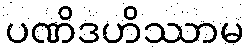
ပဏိဒဟိဿာမ